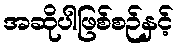
အဆိုပါဖြစ်စဉ်နှင့်